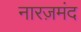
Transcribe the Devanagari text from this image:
नारज़मंद